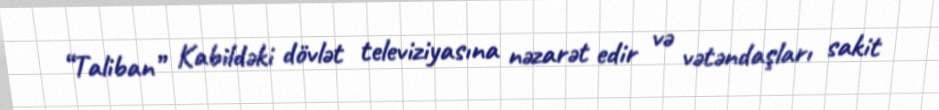
“Taliban” Kabildəki dövlət televiziyasına nəzarət edir və vətəndaşları sakit